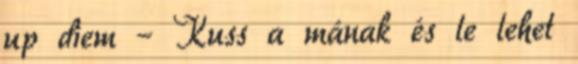
up diem – Kuss a mának és le lehet